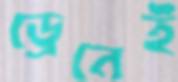
ড্রেনেই